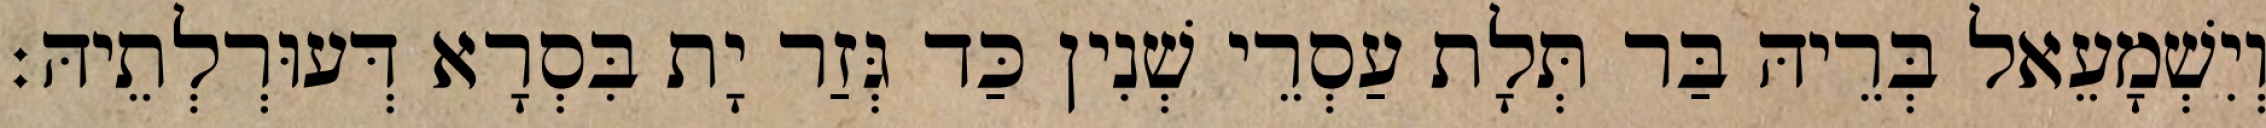
וְיִשְׁמָעֵאל בְּרֵיהּ בַּר תְּלָת עַסְרֵי שְׁנִין כַּד גְּזַר יָת בִּסְרָא דְּעוּרְלְתֵיהּ׃